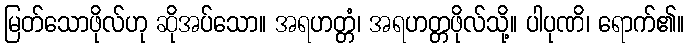
မြတ်သောဖိုလ်ဟု ဆိုအပ်သော။ အရဟတ္တံ၊ အရဟတ္တဖိုလ်သို့။ ပါပုဏိ၊ ရောက်၏။